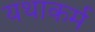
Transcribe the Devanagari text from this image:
यथाकर्म